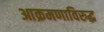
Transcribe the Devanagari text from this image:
आक्रमणाविरुद्ध